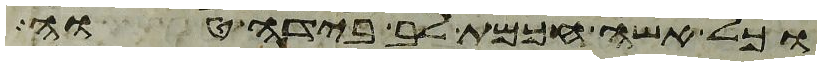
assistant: וכל אשה חכמת לב בידה טוה